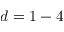
d = 1 - 4